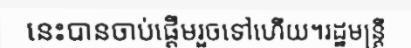
នេះបានចាប់ផ្តើមរួចទៅហើយ។រដ្ឋមន្ត្រី